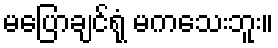
မပြောချင်ရုံ မကသေးဘူး။